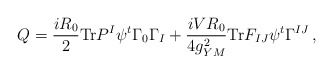
\begin{align*} Q = \frac{iR_{0}}{2}{\rm Tr} P^{I}\psi^{t} \Gamma_{0} \Gamma_{I} +\frac{iVR_{0}}{4g_{YM}^{2}}{\rm Tr}F_{IJ}\psi^{t} \Gamma^{IJ} \, ,\end{align*}